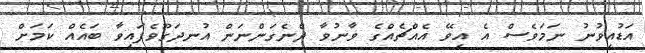
އަޑުއިވުނު ނަމަވެސް އެ އިވޭ އެއްޗެއްގެ ވާނުވާ ދެނެގަންނަން އުނދަގޫވެފައިވާ ބައެއް ކަމަށް